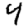
Digit: 4